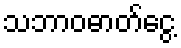
သဘာဝဓာတ်ငွေ့